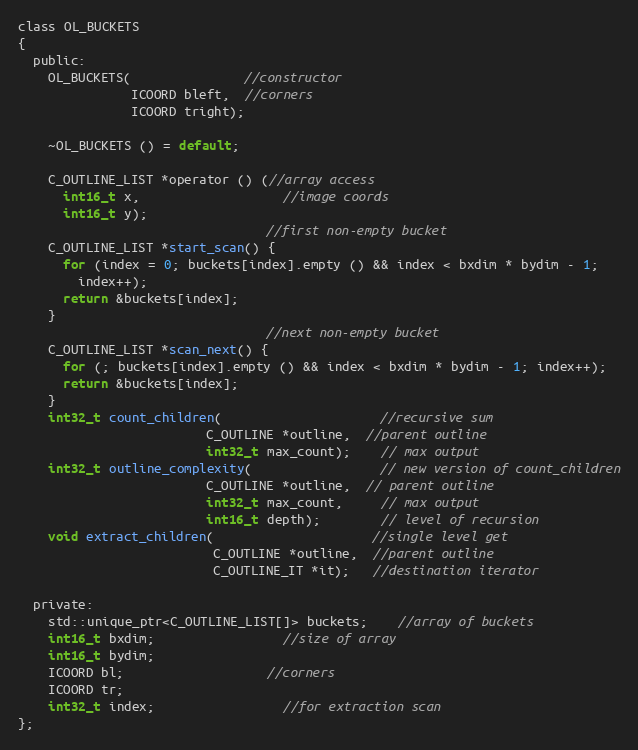
Language: C
class OL_BUCKETS
{
  public:
    OL_BUCKETS(               //constructor
               ICOORD bleft,  //corners
               ICOORD tright);

    ~OL_BUCKETS () = default;

    C_OUTLINE_LIST *operator () (//array access
      int16_t x,                   //image coords
      int16_t y);
                                 //first non-empty bucket
    C_OUTLINE_LIST *start_scan() {
      for (index = 0; buckets[index].empty () && index < bxdim * bydim - 1;
        index++);
      return &buckets[index];
    }
                                 //next non-empty bucket
    C_OUTLINE_LIST *scan_next() {
      for (; buckets[index].empty () && index < bxdim * bydim - 1; index++);
      return &buckets[index];
    }
    int32_t count_children(                     //recursive sum
                         C_OUTLINE *outline,  //parent outline
                         int32_t max_count);    // max output
    int32_t outline_complexity(                 // new version of count_children
                         C_OUTLINE *outline,  // parent outline
                         int32_t max_count,     // max output
                         int16_t depth);        // level of recursion
    void extract_children(                     //single level get
                          C_OUTLINE *outline,  //parent outline
                          C_OUTLINE_IT *it);   //destination iterator

  private:
    std::unique_ptr<C_OUTLINE_LIST[]> buckets;    //array of buckets
    int16_t bxdim;                 //size of array
    int16_t bydim;
    ICOORD bl;                   //corners
    ICOORD tr;
    int32_t index;                 //for extraction scan
};